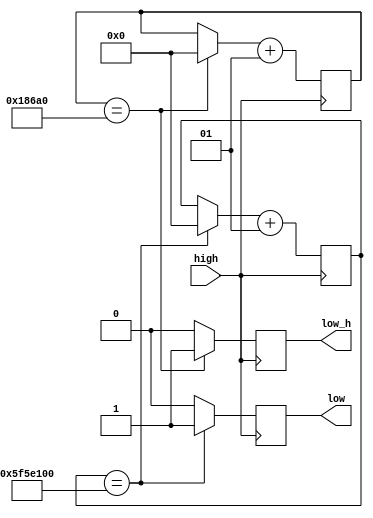
`timescale 1ns / 1ps
//////////////////////////////////////////////////////////////////////////////////
// Company: 
// Engineer: 
// 
// Design Name: 
// Module Name: DCLK
// Project Name: 
// Target Devices: 
// Tool Versions: 
// Description: 
// 
// Dependencies: 
// 
// Revision:
// Revision 0.01 - File Created
// Additional Comments:
// 
//////////////////////////////////////////////////////////////////////////////////


module DCLK(
    input high,
    output reg low,
    output reg low_h
    );
    integer k, k1;
    initial
    begin
        low = 0;
        low_h = 0;
        k = 0;
        k1 = 0;
    end
    always @ (posedge high)
    begin
        low_h = 0;
        low = 0;
        if(k1 == 100000)
        begin
            low_h = 1;
            k1 = 0;
        end
        if(k == 100000000)
        begin
            low = 1;
            k = 0;
        end
        k1 = k1 + 1;
        k = k + 1;
    end
endmodule